画像に写った文字を読んでください
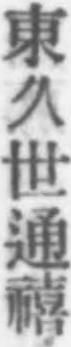
「東久世通禧」と書いてあります